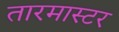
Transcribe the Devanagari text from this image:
तारमास्टर